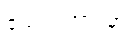
ရောင်းအားမှာ